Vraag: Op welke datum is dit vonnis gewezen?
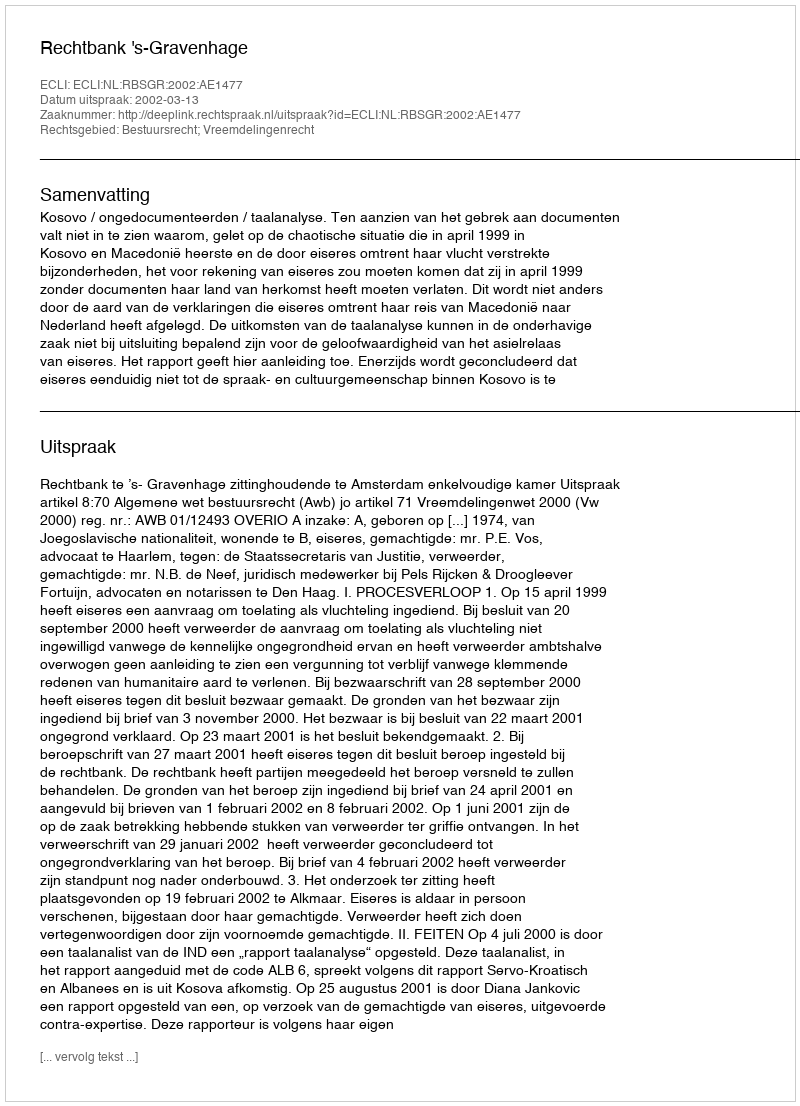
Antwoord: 2002-03-13